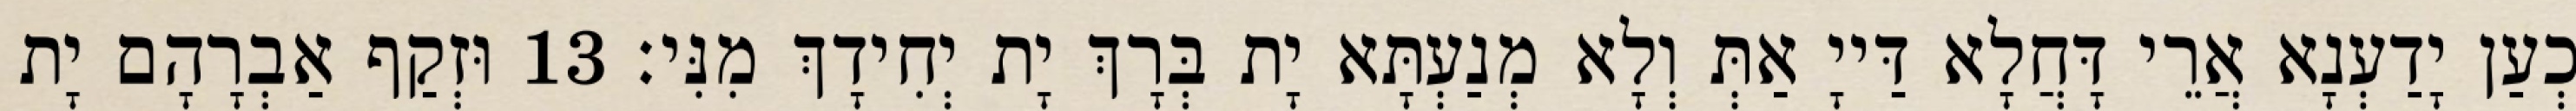
כְעַן יָדַעְנָא אֲרֵי דָּחֲלָא דַּייָ אַתְּ וְלָא מְנַעְתָּא יָת בְּרָךְ יָת יְחִידָךְ מִנִּי׃ 13 וּזְקַף אַבְרָהָם יָת